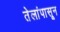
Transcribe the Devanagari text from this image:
तेलांपासून